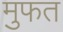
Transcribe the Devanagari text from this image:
मुफत